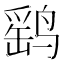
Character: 鹞